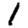
Digit: 1